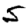
Digit: 5